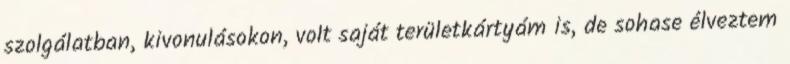
szolgálatban, kivonulásokon, volt saját területkártyám is, de sohase élveztem